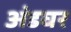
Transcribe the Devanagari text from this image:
अंडघर